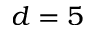
d = 5